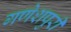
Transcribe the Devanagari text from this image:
गणेशपुरी